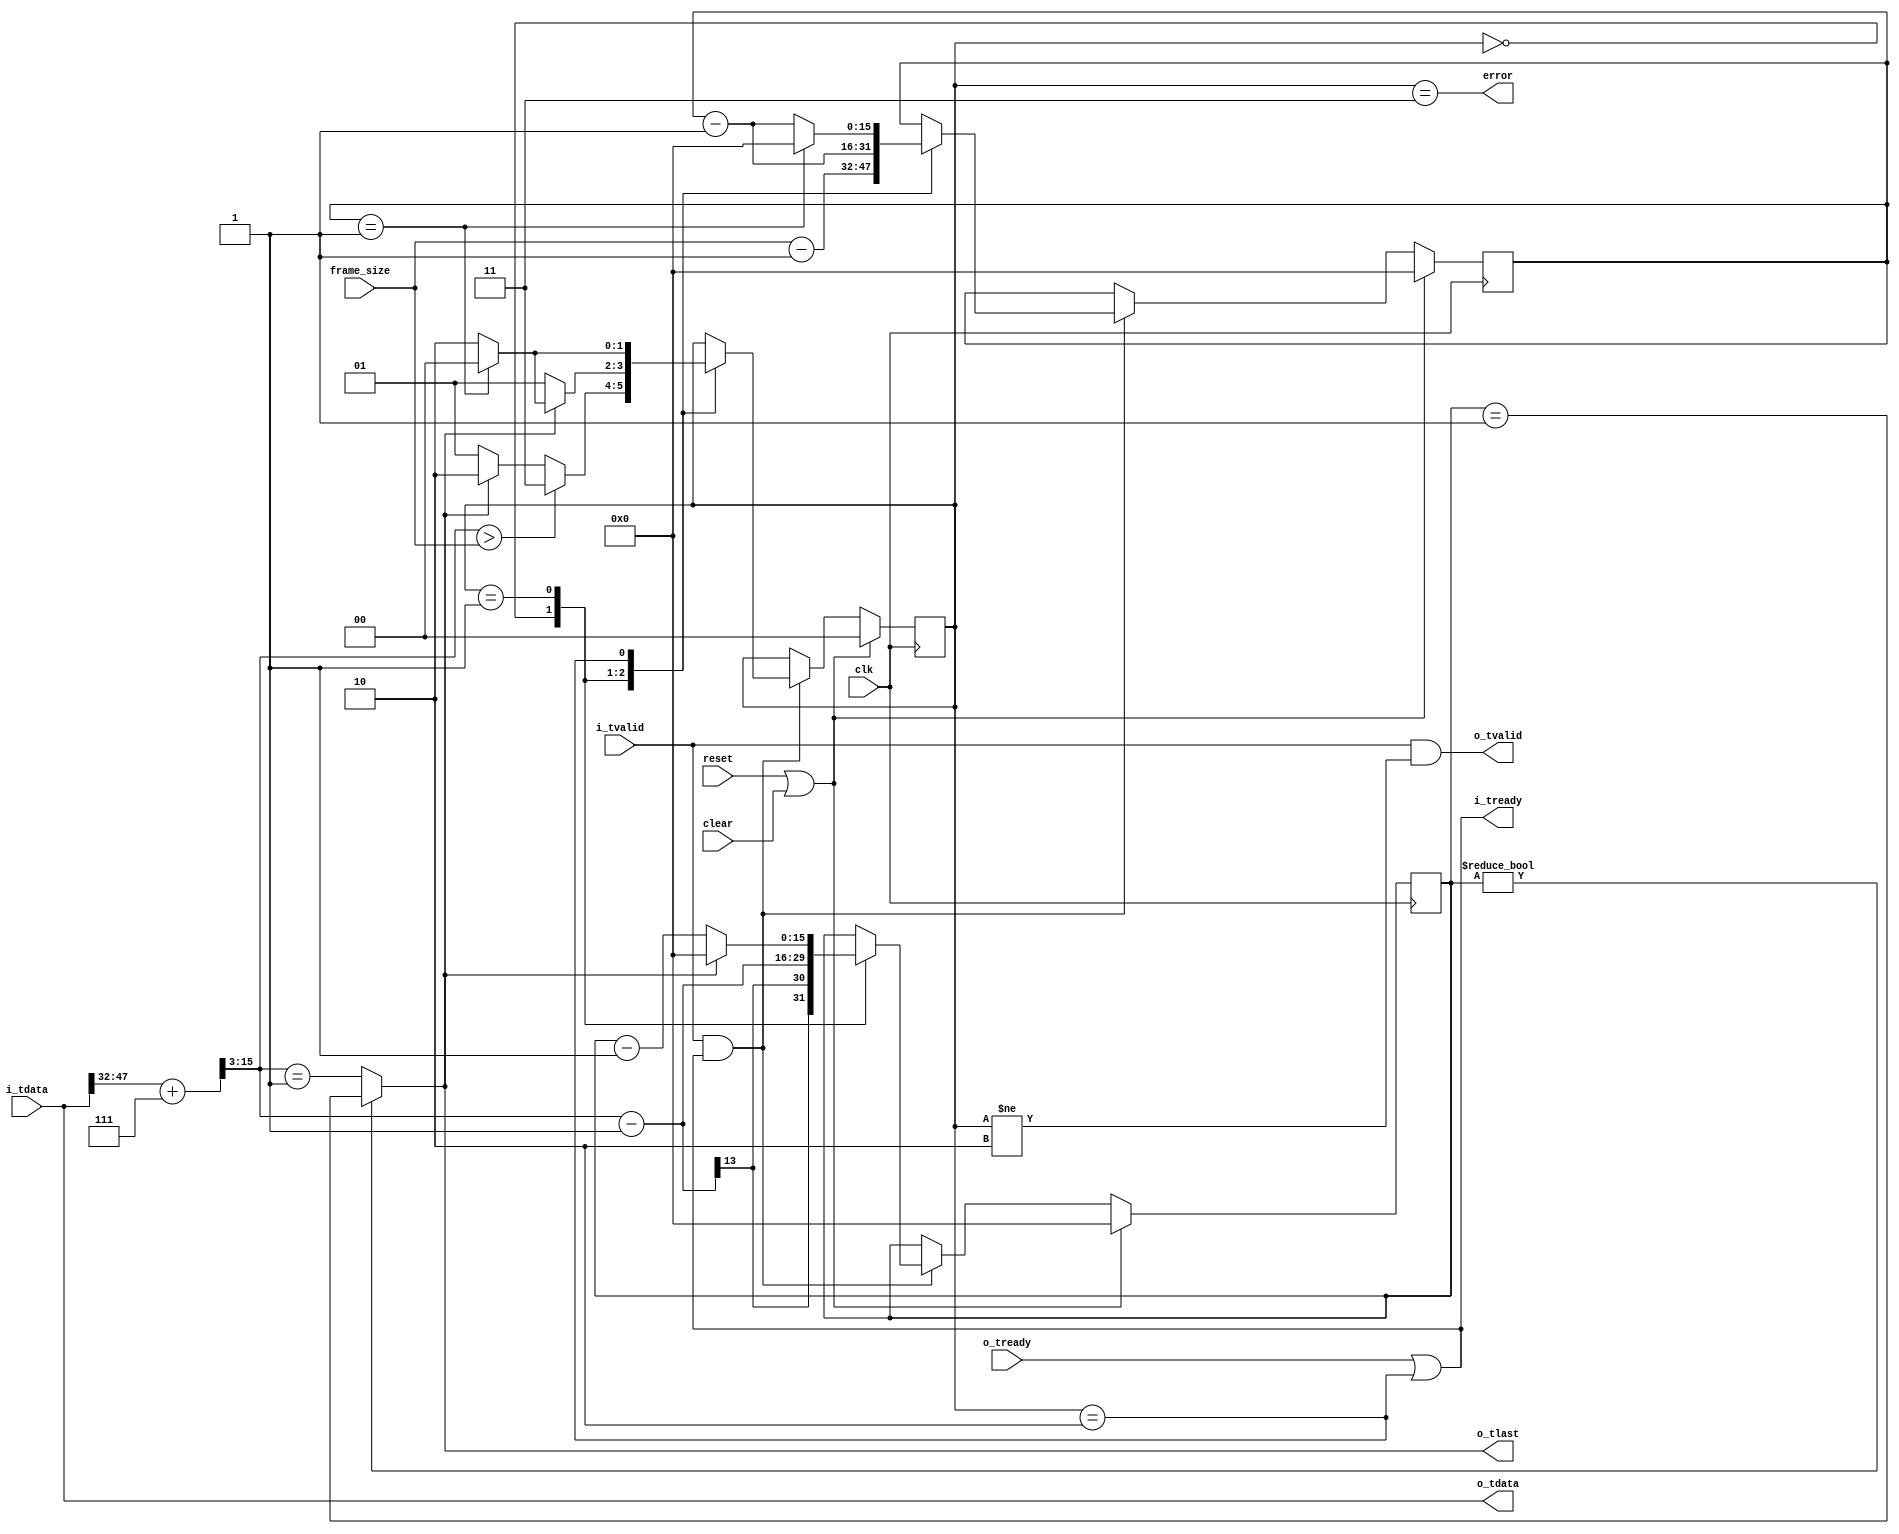
//
// Copyright 2013 Ettus Research LLC
//


module cvita_dechunker # (
   parameter PAD_VALUE = 64'hFFFFFFFF_FFFFFFFF
) (
   input          clk,
   input          reset,
   input          clear,
   input [15:0]   frame_size,

   input [63:0]   i_tdata,
   input          i_tvalid,
   output         i_tready,
   
   output [63:0]  o_tdata,
   output         o_tlast,
   output         o_tvalid,
   input          o_tready,

   output         error
);

   localparam ST_HEADER  = 2'd0;
   localparam ST_DATA    = 2'd1;
   localparam ST_PADDING = 2'd2;
   localparam ST_ERROR   = 2'd3;

   reg [1:0]   state;
   reg [15:0]  frame_rem, pkt_rem;
   wire        i_tlast;

   wire [15:0] cvita_len_ceil = i_tdata[47:32] + 7;
   wire [15:0] axi_len = {3'b000, cvita_len_ceil[15:3]};

   always @(posedge clk) begin
      if (reset | clear) begin
         state <= ST_HEADER;
         frame_rem <= 16'd0;
         pkt_rem   <= 16'd0;
      end else if (i_tvalid & i_tready) begin
         case (state)
            ST_HEADER: begin
               if (axi_len > frame_size)
                  state <= ST_ERROR;
               else if (~o_tlast)
                  state <= ST_DATA;
               else
                  state <= ST_PADDING;
                  
               frame_rem <= frame_size - 16'd1;
               pkt_rem   <= axi_len - 16'd1;
            end
         
            ST_DATA: begin
               if (o_tlast) begin
                  state   <= i_tlast ? ST_HEADER : ST_PADDING;
                  pkt_rem <= 16'd0;
               end else begin
                  state   <= ST_DATA;
                  pkt_rem <= pkt_rem - 16'd1;
               end
               frame_rem <= frame_rem - 16'd1;
            end

            ST_PADDING: begin
               if (i_tlast) begin
                  state   <= ST_HEADER;
                  frame_rem <= 16'd0;
               end else begin
                  state   <= ST_PADDING;
                  frame_rem <= frame_rem - 16'd1;
               end
            end
         endcase   
      end   
   end
   
   assign i_tready = o_tready | (state == ST_PADDING);
   assign i_tlast = (frame_rem == 16'd1); //Temp signal
   
   assign o_tvalid = i_tvalid & (state != ST_PADDING);
   assign o_tlast = (pkt_rem != 0) ? (pkt_rem == 16'd1) : (axi_len == 16'd1);
   assign o_tdata  = i_tdata;
   
   assign error = (state == ST_ERROR);

endmodule // cvita_dechunker